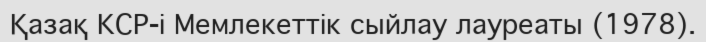
Қазақ КСР-і Мемлекеттік сыйлау лауреаты (1978).